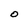
Character: O